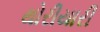
થોરીયારી